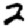
Digit: 2